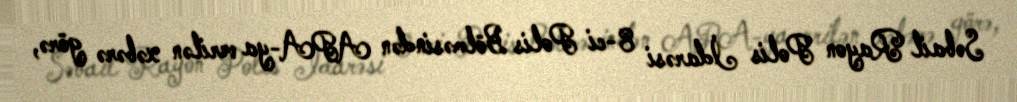
Səbail Rayon Polis İdarəsi 8-ci Polis Bölməsindən APA-ya verilən xəbərə görə,